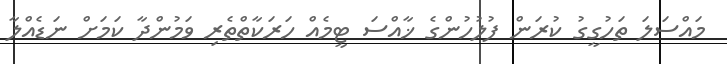
މައްސަލަ ތަހުގީގު ކުރަން ފުލުހުންގެ ޚާއްސަ ޓީމެއް ހަރަކާތްތެރި ވަމުންދާ ކަމަށް ނަޑެއްލާ